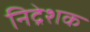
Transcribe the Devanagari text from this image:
निद्रेशक